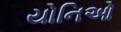
યોનિઓ